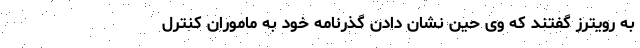
به رویترز گفتند که وی حین نشان دادن گذرنامه خود به ماموران کنترل